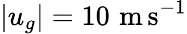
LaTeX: \left|u_{g}\right|=10\, \, \mathrm{m}\, \mathrm{s}^{-1}